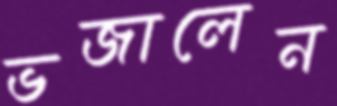
ভজালেন